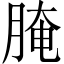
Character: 腌